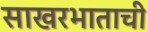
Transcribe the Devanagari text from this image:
साखरभाताची